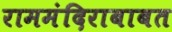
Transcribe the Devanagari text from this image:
राममंदिराबाबत